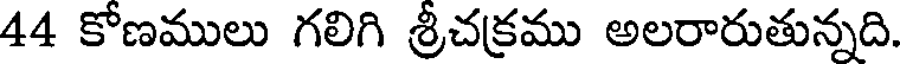
44 కోణములు గలిగి శ్రీచక్రము అలరారుతున్నది.